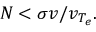
N < \sigma v / v _ { T _ { e } } .